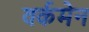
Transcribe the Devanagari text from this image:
वर्कमेन